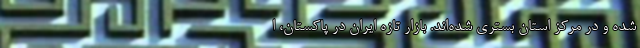
شده و در مرکز استان بستری شده‌اند. بازار تازه ایران در پاکستان، ا